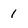
Character: 1